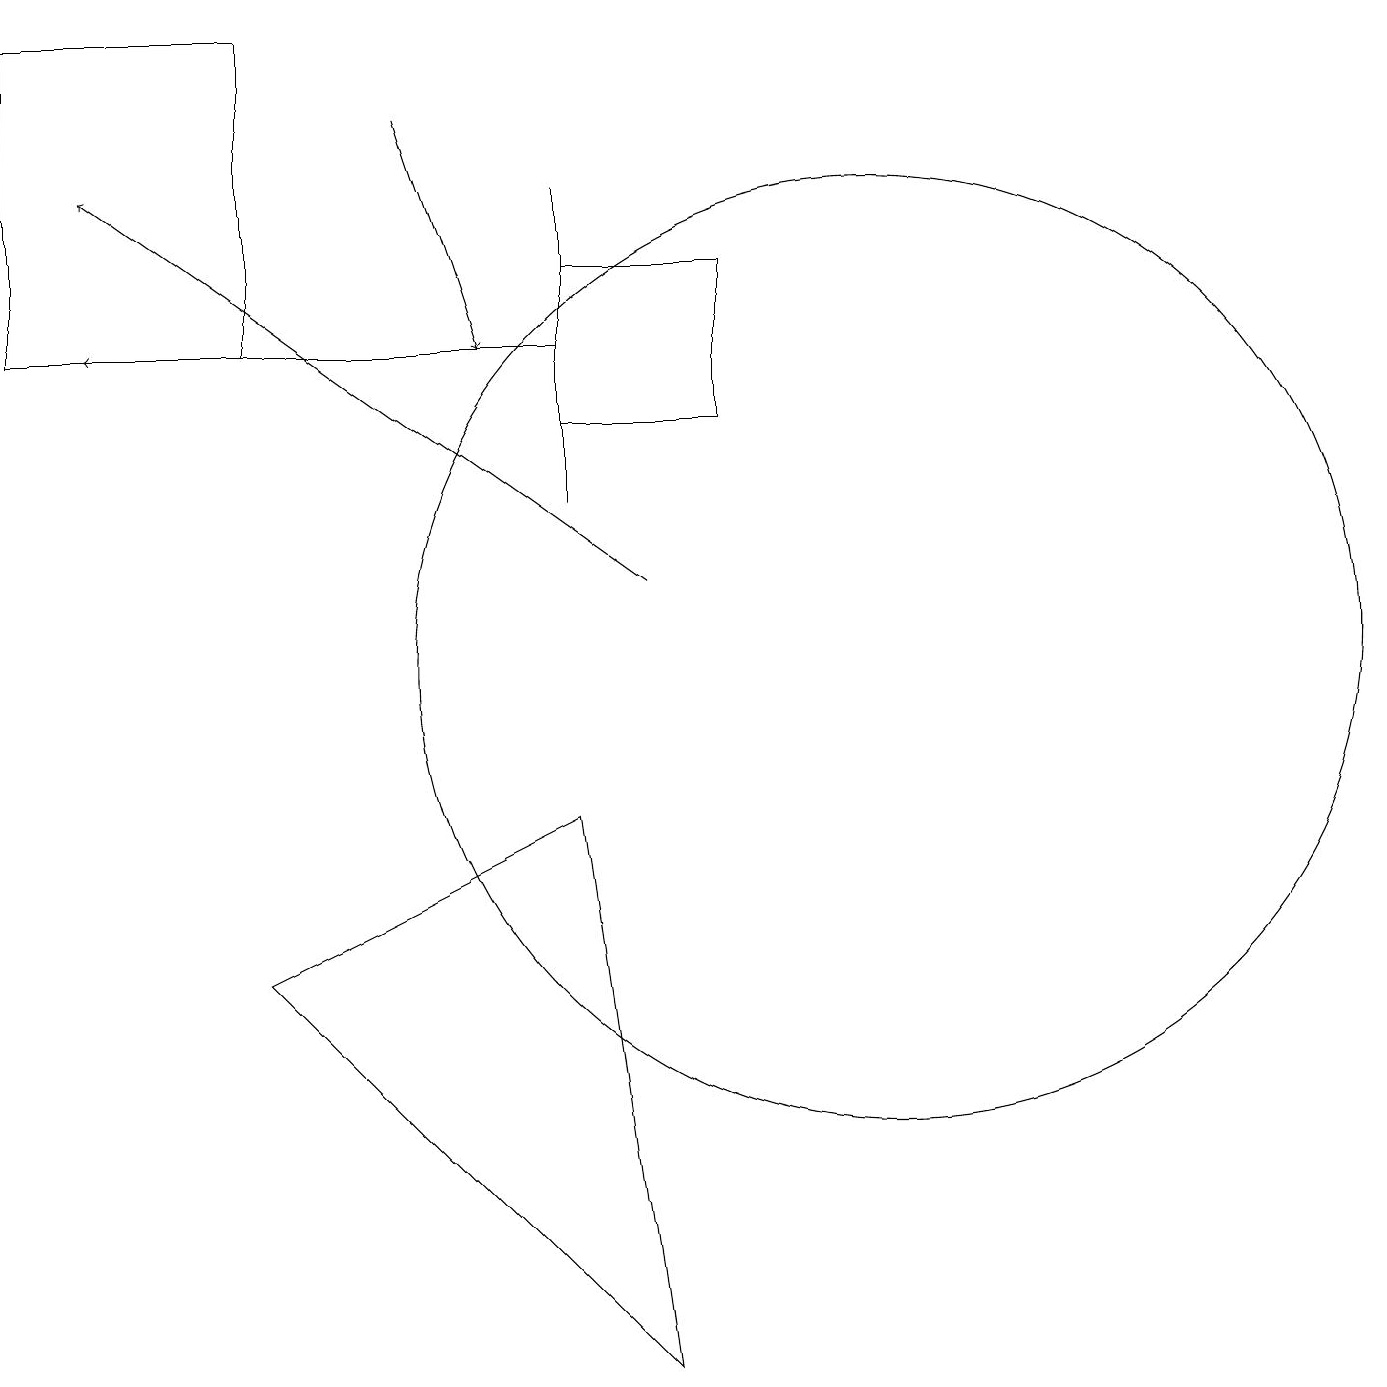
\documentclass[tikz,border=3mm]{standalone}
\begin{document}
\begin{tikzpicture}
\draw (7,13) rectangle (7,17);
\draw[->] (7,15) -- (1,15);
\draw[->] (8,12) -- (1,17);
\draw (7,9) -- (3,7) -- (8,2) -- cycle;
\draw (9,14) rectangle (7,16);
\draw (11,11) circle (6);
\draw[->] (5,18) -- (6,15);
\draw (3,19) rectangle (0,15);
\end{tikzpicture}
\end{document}